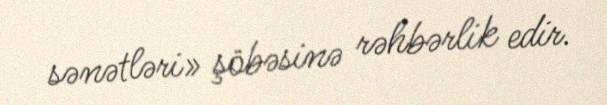
sənətləri» şöbəsinə rəhbərlik edir.